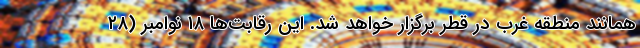
همانند منطقه غرب در قطر برگزار خواهد شد. این رقابت‌ها ۱۸ نوامبر (۲۸